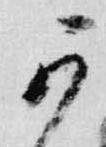
可